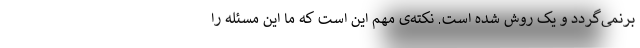
برنمی‌گردد و یک روش شده است. نکته‌ی مهم این است که ما این مسئله را